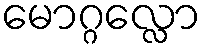
မောဂ္ဂလ္လော